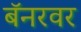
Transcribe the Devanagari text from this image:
बॅनरवर